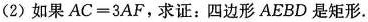
(2)如果$$A C = 3 A F$$，求证：四边形AEBD是矩形。